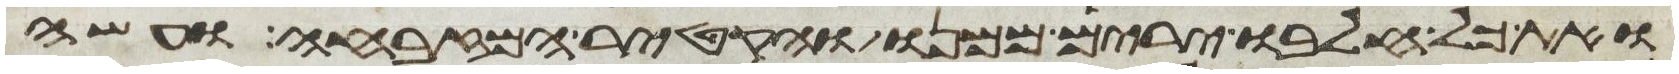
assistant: ואת כל חלבו ירים ממנו והקטיר המזבחה ועשה